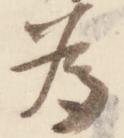
為